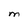
Character: M